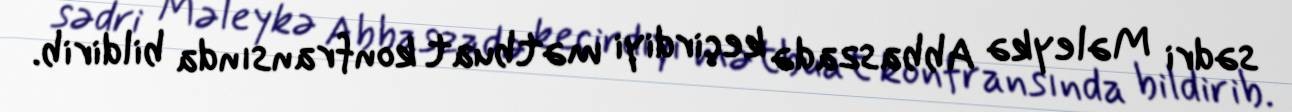
sədri Məleykə Abbaszadə keçirdiyi mətbuat konfransında bildirib.